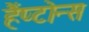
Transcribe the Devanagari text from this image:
हैंप्टोन्स